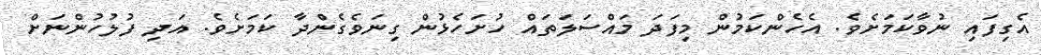
އެގިފައި ނުވާކަމަށެވެ. އެހެންކަމުން މިފަދަ މައްސަލަތައް ހުށަހެޅުން ގިނަވެގެންދާ ކަމަށެވެ. އަދި ފުލުހުންނަށް